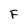
Character: F